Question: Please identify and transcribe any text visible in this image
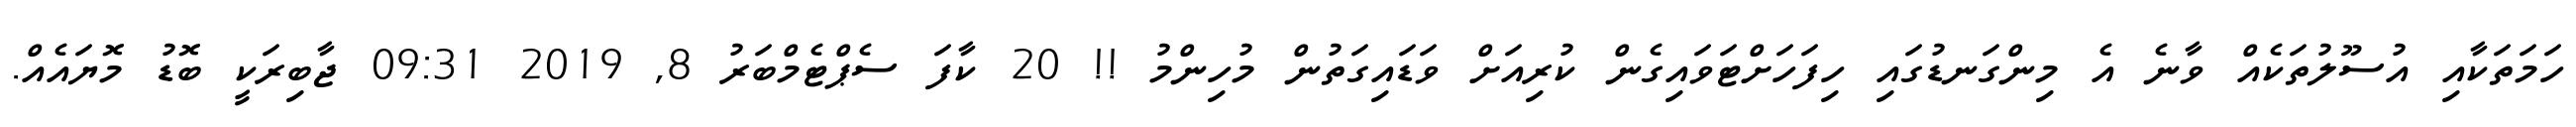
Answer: ހަމަތަކާއި އުސޫލުތަކެއް ވާނެ އެ މިންގަނޑުގައި ހިފަހަށްޓަވައިގެން ކުރިއަށް ވަޑައިގަތުން މުހިންމު !! 20 ކާފަ ސެޕްޓެމްބަރު 8, 2019 09:31 ޖާބިރަކީ ބޮޑު މޮޔައެއް.